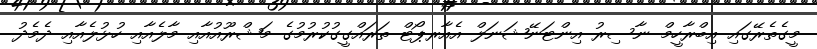
މީގެތެރޭގައި އިބްރާހީމް ނާސިރު އިންޓަނޭޝަނަލް އެއާރޕޯޓް ތަރައްގީގުކުރުމުގެ މަޝްރޫއުއާއި މާލެއާއި ހުޅުލެއާއި ދެމެދު